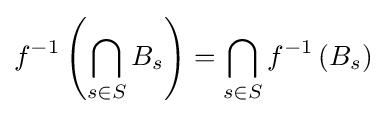
f^{-1}\left(\bigcap _{s\in S}B_{s}\right)=\bigcap _{s\in S}f^{-1}\left(B_{s}\right)